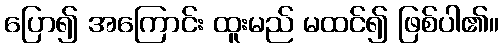
ပြော၍ အကြောင်း ထူးမည် မထင်၍ ဖြစ်ပါ၏။